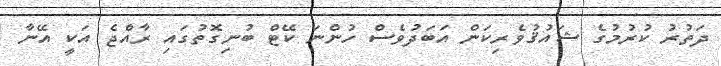
ދަތުރު ކުރުމުގެ ޝައުޤުވެރިކަން އަބަދުވެސް ހުންނަ ކޭޓް ބުނިގޮތުގައި ރާއްޖެ އަކީ އޭނާ